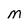
Character: M